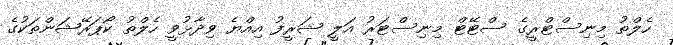
ހެލްތު މިނިސްޓްރީގެ ސްޓޭޓް މިނިސްޓަރު އަލީ ޝަރީފު އިއްޔެ ވިދާޅުވީ ހެލްތު ކޯޕަރޭޝަންތަކުގެ